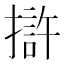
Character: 𭢒